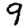
Digit: 9